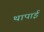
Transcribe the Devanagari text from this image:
थापाई